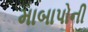
માબાપોની